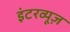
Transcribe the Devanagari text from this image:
इंटरव्यूज़